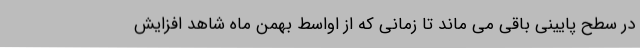
در سطح پایینی باقی می ماند تا زمانی که از اواسط بهمن ماه شاهد افزایش